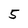
Character: 5